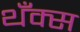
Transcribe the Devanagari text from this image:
थँक्स